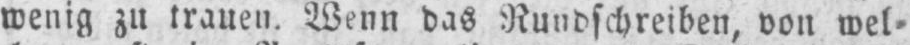
wenig zu trauen. Wenn das Rundschreiben, von wel⸗